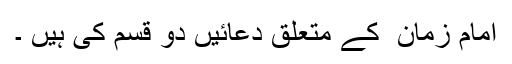
امام زمان ؑ کے متعلق دعائیں دو قسم کی ہیں ۔